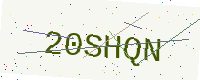
Text: 20SHQN